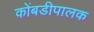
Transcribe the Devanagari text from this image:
कोंबडीपालक